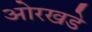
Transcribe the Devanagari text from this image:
ओरखडे